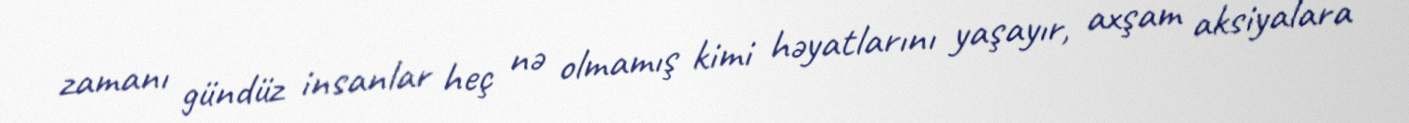
zamanı gündüz insanlar heç nə olmamış kimi həyatlarını yaşayır, axşam aksiyalara